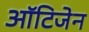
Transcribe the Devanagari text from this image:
ऑटिजेन